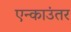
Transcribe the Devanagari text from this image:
एन्काउंतर